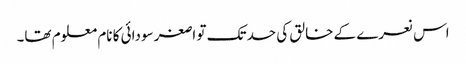
اس نعرے کے خالق کی حد تک تو اصغر سودائی کا نام معلوم تھا۔